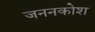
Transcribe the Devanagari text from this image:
जननकोश